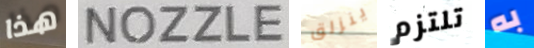
هذا NOZZLE ينزلق تلتزم به